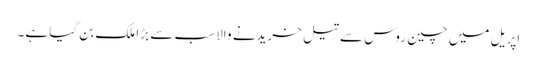
اپریل میں چین روس سے تیل خریدنے والا سب سے بڑا ملک بن گیا ہے۔